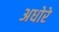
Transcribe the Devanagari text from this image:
अधोरे